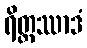
ရိတ္တဿာဒံ